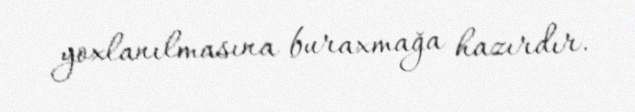
yoxlanılmasına buraxmağa hazırdır.